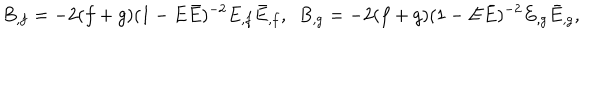
LaTeX: B _ { , f } = - 2 ( f + g ) ( 1 - E \bar { E } ) ^ { - 2 } E _ { , f } \bar { E } _ { , f } , ~ ~ B _ { , g } = - 2 ( f + g ) ( 1 - E \bar { E } ) ^ { - 2 } E _ { , g } \bar { E } _ { , g } ,